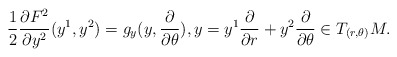
\begin{align*}\frac{1}{2}\frac{\partial F^2}{\partial y^2}(y^1,y^2)=g_y(y,\frac{\partial}{\partial \theta}), y=y^1\frac{\partial}{\partial r}+y^2\frac{\partial}{\partial \theta}\in T_{(r,\theta)}M.\end{align*}